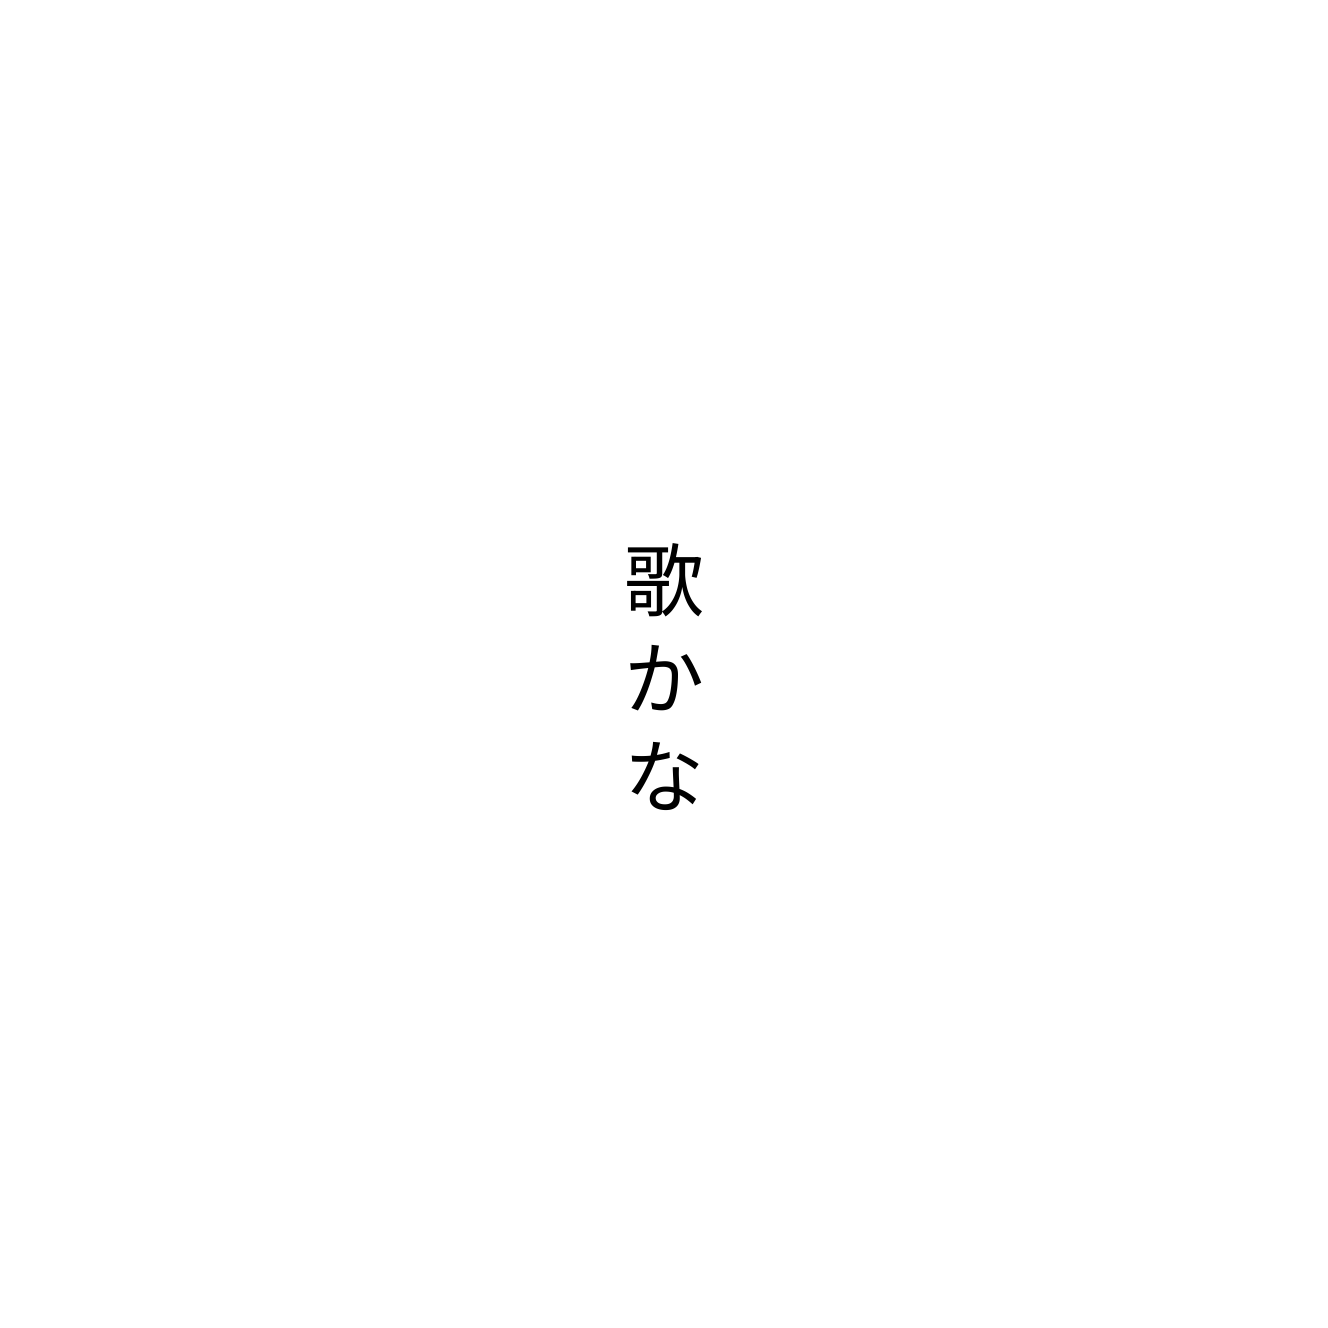
歌かな